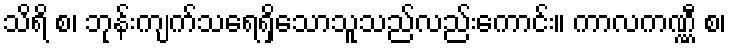
သိရိ စ၊ ဘုန်းကျက်သရေရှိသောသူသည်လည်းကောင်း။ ကာလကဏ္ဏီ စ၊